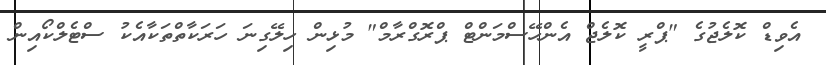
އެވިޑް ކޮލެޖުގެ "ޕްރީ ކޮލެޖް އެންހޭސްމަންޓް ޕްރޮގްރާމް" މުޅިން ހިލޭގިނަ ހަރަކާތްތަކާއެކު ސްޓެލްކޯއިން